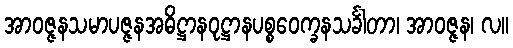
အာဝဇ္ဇနသမာပဇ္ဇနအဓိဋ္ဌာနဝုဋ္ဌာနပစ္စဝေက္ခနသင်္ခါတာ၊ အာဝဇ္ဇန၊ လ။